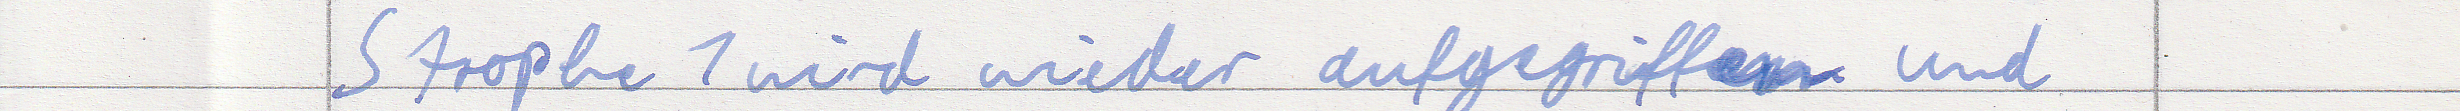
Strophe 1 wird wieder aufgegriffen und